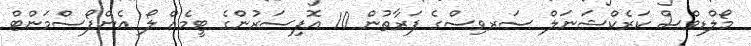
މޯލްޑިވްސް ކަރެކްޝަނަލް ސަރވިސްގެ ފަރާތުން 10 އޮފިސަރުންގެ ޓީމެއް ލޯ އެންފޯސްމަންޓް